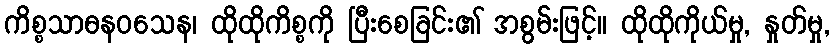
ကိစ္စသာဓနဝသေန၊ ထိုထိုကိစ္စကို ပြီးစေခြင်း၏ အစွမ်းဖြင့်။ ထိုထိုကိုယ်မှု, နှုတ်မှု,